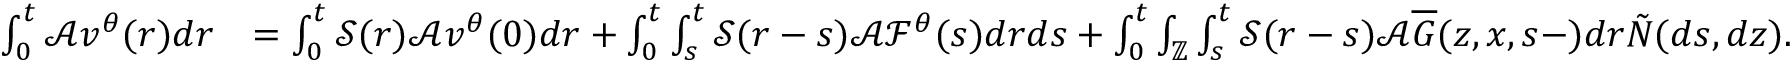
\begin{array} { r l } { \int _ { 0 } ^ { t } \mathcal { A } \displaystyle v ^ { \theta } ( r ) d r } & { = \int _ { 0 } ^ { t } \mathcal { S } ( r ) \mathcal { A } v ^ { \theta } ( 0 ) d r + \int _ { 0 } ^ { t } \int _ { s } ^ { t } \mathcal { S } ( r - s ) \mathcal { A } \mathcal { F } ^ { \theta } ( s ) d r d s + \int _ { 0 } ^ { t } \int _ { \mathbb { Z } } \int _ { s } ^ { t } \mathcal { S } ( r - s ) \mathcal { A } \overline { { G } } ( z , x , s - ) d r \tilde { N } ( d s , d z ) . } \end{array}